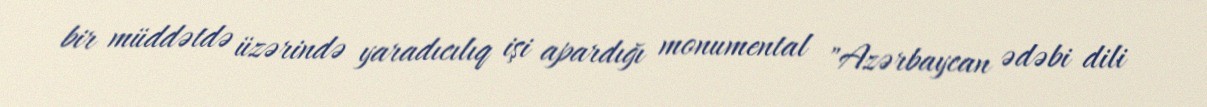
bir müddətdə üzərində yaradıcılıq işi apardığı monumental "Azərbaycan ədəbi dili